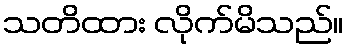
သတိထား လိုက်မိသည်။